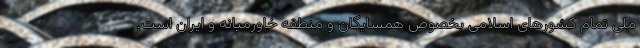
ملی تمام کشورهای اسلامی بخصوص همسایگان و منطقه خاورمیانه و ایران است.